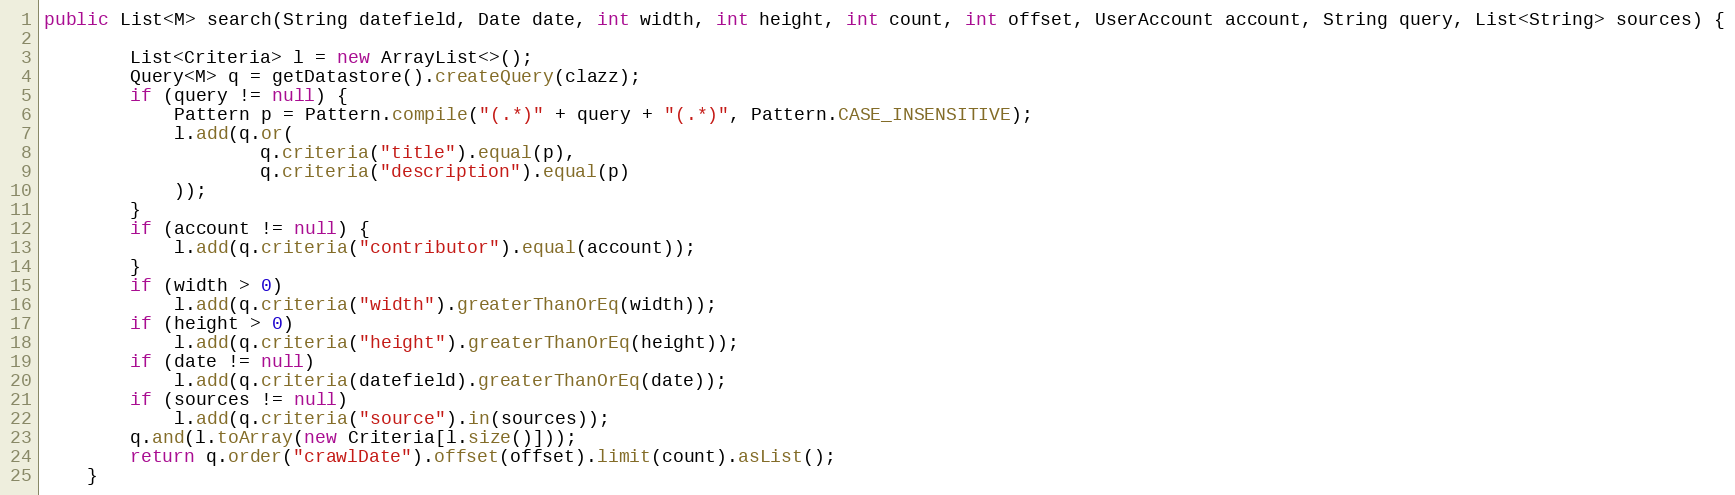
Language: Java
public List<M> search(String datefield, Date date, int width, int height, int count, int offset, UserAccount account, String query, List<String> sources) {

        List<Criteria> l = new ArrayList<>();
        Query<M> q = getDatastore().createQuery(clazz);
        if (query != null) {
            Pattern p = Pattern.compile("(.*)" + query + "(.*)", Pattern.CASE_INSENSITIVE);
            l.add(q.or(
                    q.criteria("title").equal(p),
                    q.criteria("description").equal(p)
            ));
        }
        if (account != null) {
            l.add(q.criteria("contributor").equal(account));
        }
        if (width > 0)
            l.add(q.criteria("width").greaterThanOrEq(width));
        if (height > 0)
            l.add(q.criteria("height").greaterThanOrEq(height));
        if (date != null)
            l.add(q.criteria(datefield).greaterThanOrEq(date));
        if (sources != null)
            l.add(q.criteria("source").in(sources));
        q.and(l.toArray(new Criteria[l.size()]));
        return q.order("crawlDate").offset(offset).limit(count).asList();
    }